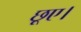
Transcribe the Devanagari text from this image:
छूए।